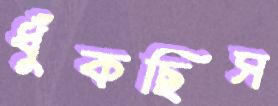
ধুঁকছিস